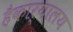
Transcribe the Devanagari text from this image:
हैकार्यालय